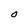
Character: O